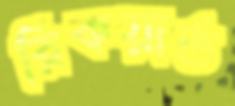
রিকয়ার্ড